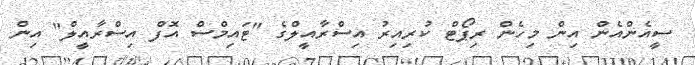
ސީއެންއެން އިން މިހެން ރިޕޯޓް ކުރިއިރު އިސްރާއީލްގެ "ޓައިމްސް އޮފް އިސްރާއީލް" އިން